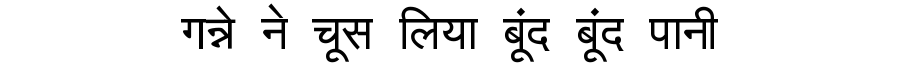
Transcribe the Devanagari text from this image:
गन्ने ने चूस लिया बूंद बूंद पानी